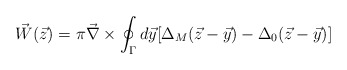
\begin{align*}\vec{W}(\vec{z}) = \pi \vec{\nabla}\times \oint_{\Gamma} d\vec{y} [\Delta_M(\vec{z}-\vec{y})-\Delta_0(\vec{z}-\vec{y})]\end{align*}